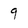
Character: 9